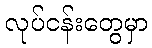
လုပ်ငန်းတွေမှာ